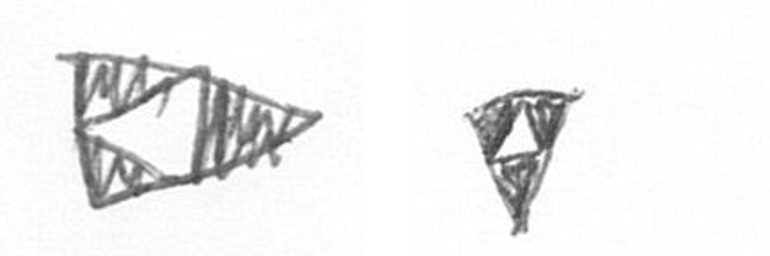
K S